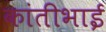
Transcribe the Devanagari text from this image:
कांतीभाई